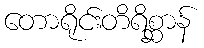
တောရိုင်းတိရိစ္ဆာန်